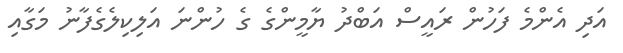
އަދި އެންމެ ފަހުން ރައީސް އަބްދު ޔާމީންގެ ގެ ހުންނަ އަލިކިލެގެފާނު މަގާއި